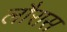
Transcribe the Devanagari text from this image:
लौरास